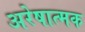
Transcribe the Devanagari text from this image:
अरेषात्मक